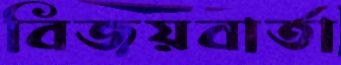
বিজয়বার্তা